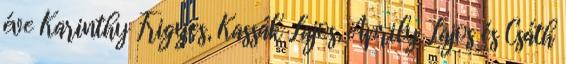
éve Karinthy Frigyes, Kassák Lajos, Áprily Lajos és Csáth